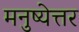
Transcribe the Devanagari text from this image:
मनुष्येत्तर